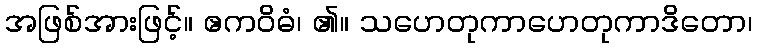
အဖြစ်အားဖြင့်။ ဧကဝိဓံ၊ ၏။ သဟေတုကာဟေတုကာဒိတော၊